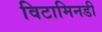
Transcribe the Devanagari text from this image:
विटामिनडी